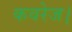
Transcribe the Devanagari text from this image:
कवरेज।